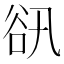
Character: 𧮬